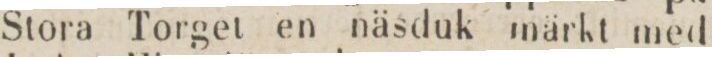
Stora Torget en näsduk märkt med